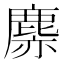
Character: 𪊳